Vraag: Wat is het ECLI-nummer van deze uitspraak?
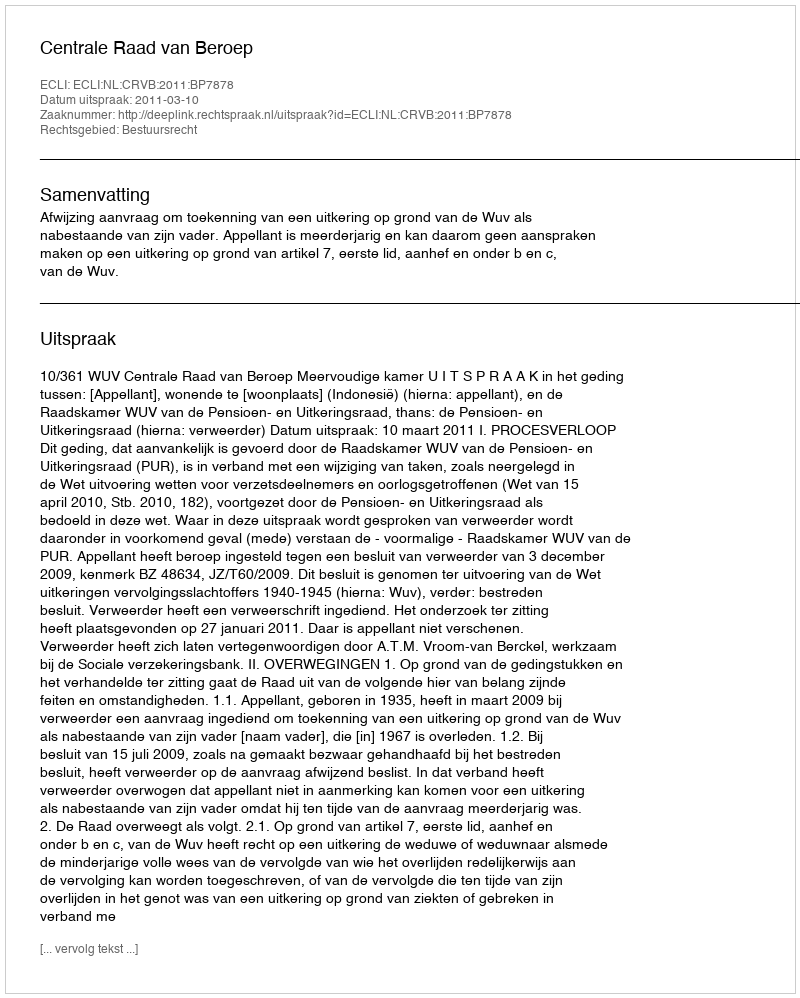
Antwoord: ECLI:NL:CRVB:2011:BP7878